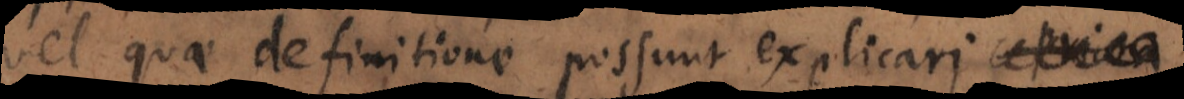
vel quae definitione possunt explicari,